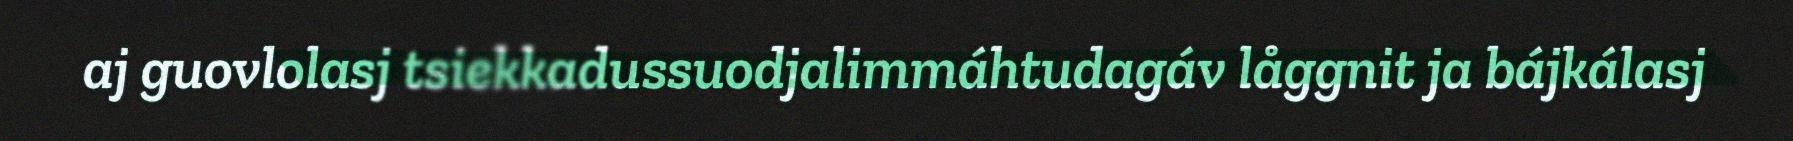
aj guovlolasj tsiekkadussuodjalimmáhtudagáv låggnit ja bájkálasj